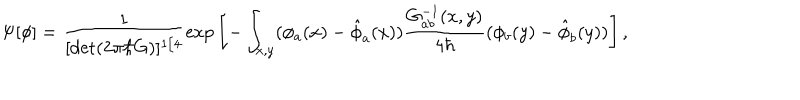
\Psi [ \phi ] = \frac { { 1 } } { [ \mathrm { \det } ( 2 \pi \hbar G ) ] ^ { 1 / 4 } } \mathrm { \exp } \left[ - \int _ { x , y } ( \phi _ { a } ( x ) - { \hat { \phi } } _ { a } ( x ) ) \frac { { G _ { a b } ^ { - 1 } ( x , y ) } } { 4 \hbar } ( \phi _ { b } ( y ) - { \hat { \phi } } _ { b } ( y ) ) \right] ,